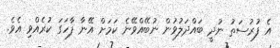
އެ ފުރުސަތު ނުދީ ބައްދަލުވުން ނުބޭއްވޭނެ ކަމަށް އޭނާ ފާހަގަ ކުރެއްވި އެވެ.